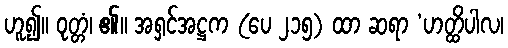
ဟူ၍။ ဝုတ္တံ၊ ၏။ အရှင်အဋ္ဌက (ပေ ၂၁၅) ထာ ဆရာ ‘ဟတ္ထိပါလ၊